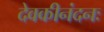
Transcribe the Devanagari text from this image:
देवकीनंदनः